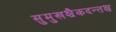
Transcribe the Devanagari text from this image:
सुमुखश्चैकदन्तश्च